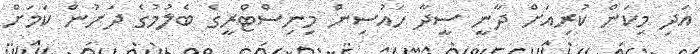
އަދި މިކަން ކުރިއަށް ދާނީ ސީދާ ހައުސިން މިނިސްޓްރީގެ ބެލުމުގެ ދަށުން ކަމަށް